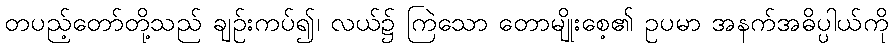
တပည့်တော်တို့သည် ချဉ်းကပ်၍၊ လယ်၌ ကြဲသော တောမျိုးစေ့၏ ဥပမာ အနက်အဓိပ္ပါယ်ကို